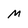
Character: M